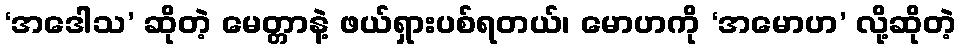
‘အဒေါသ’ ဆိုတဲ့ မေတ္တာနဲ့ ဖယ်ရှားပစ်ရတယ်၊ မောဟကို ‘အမောဟ’ လို့ဆိုတဲ့